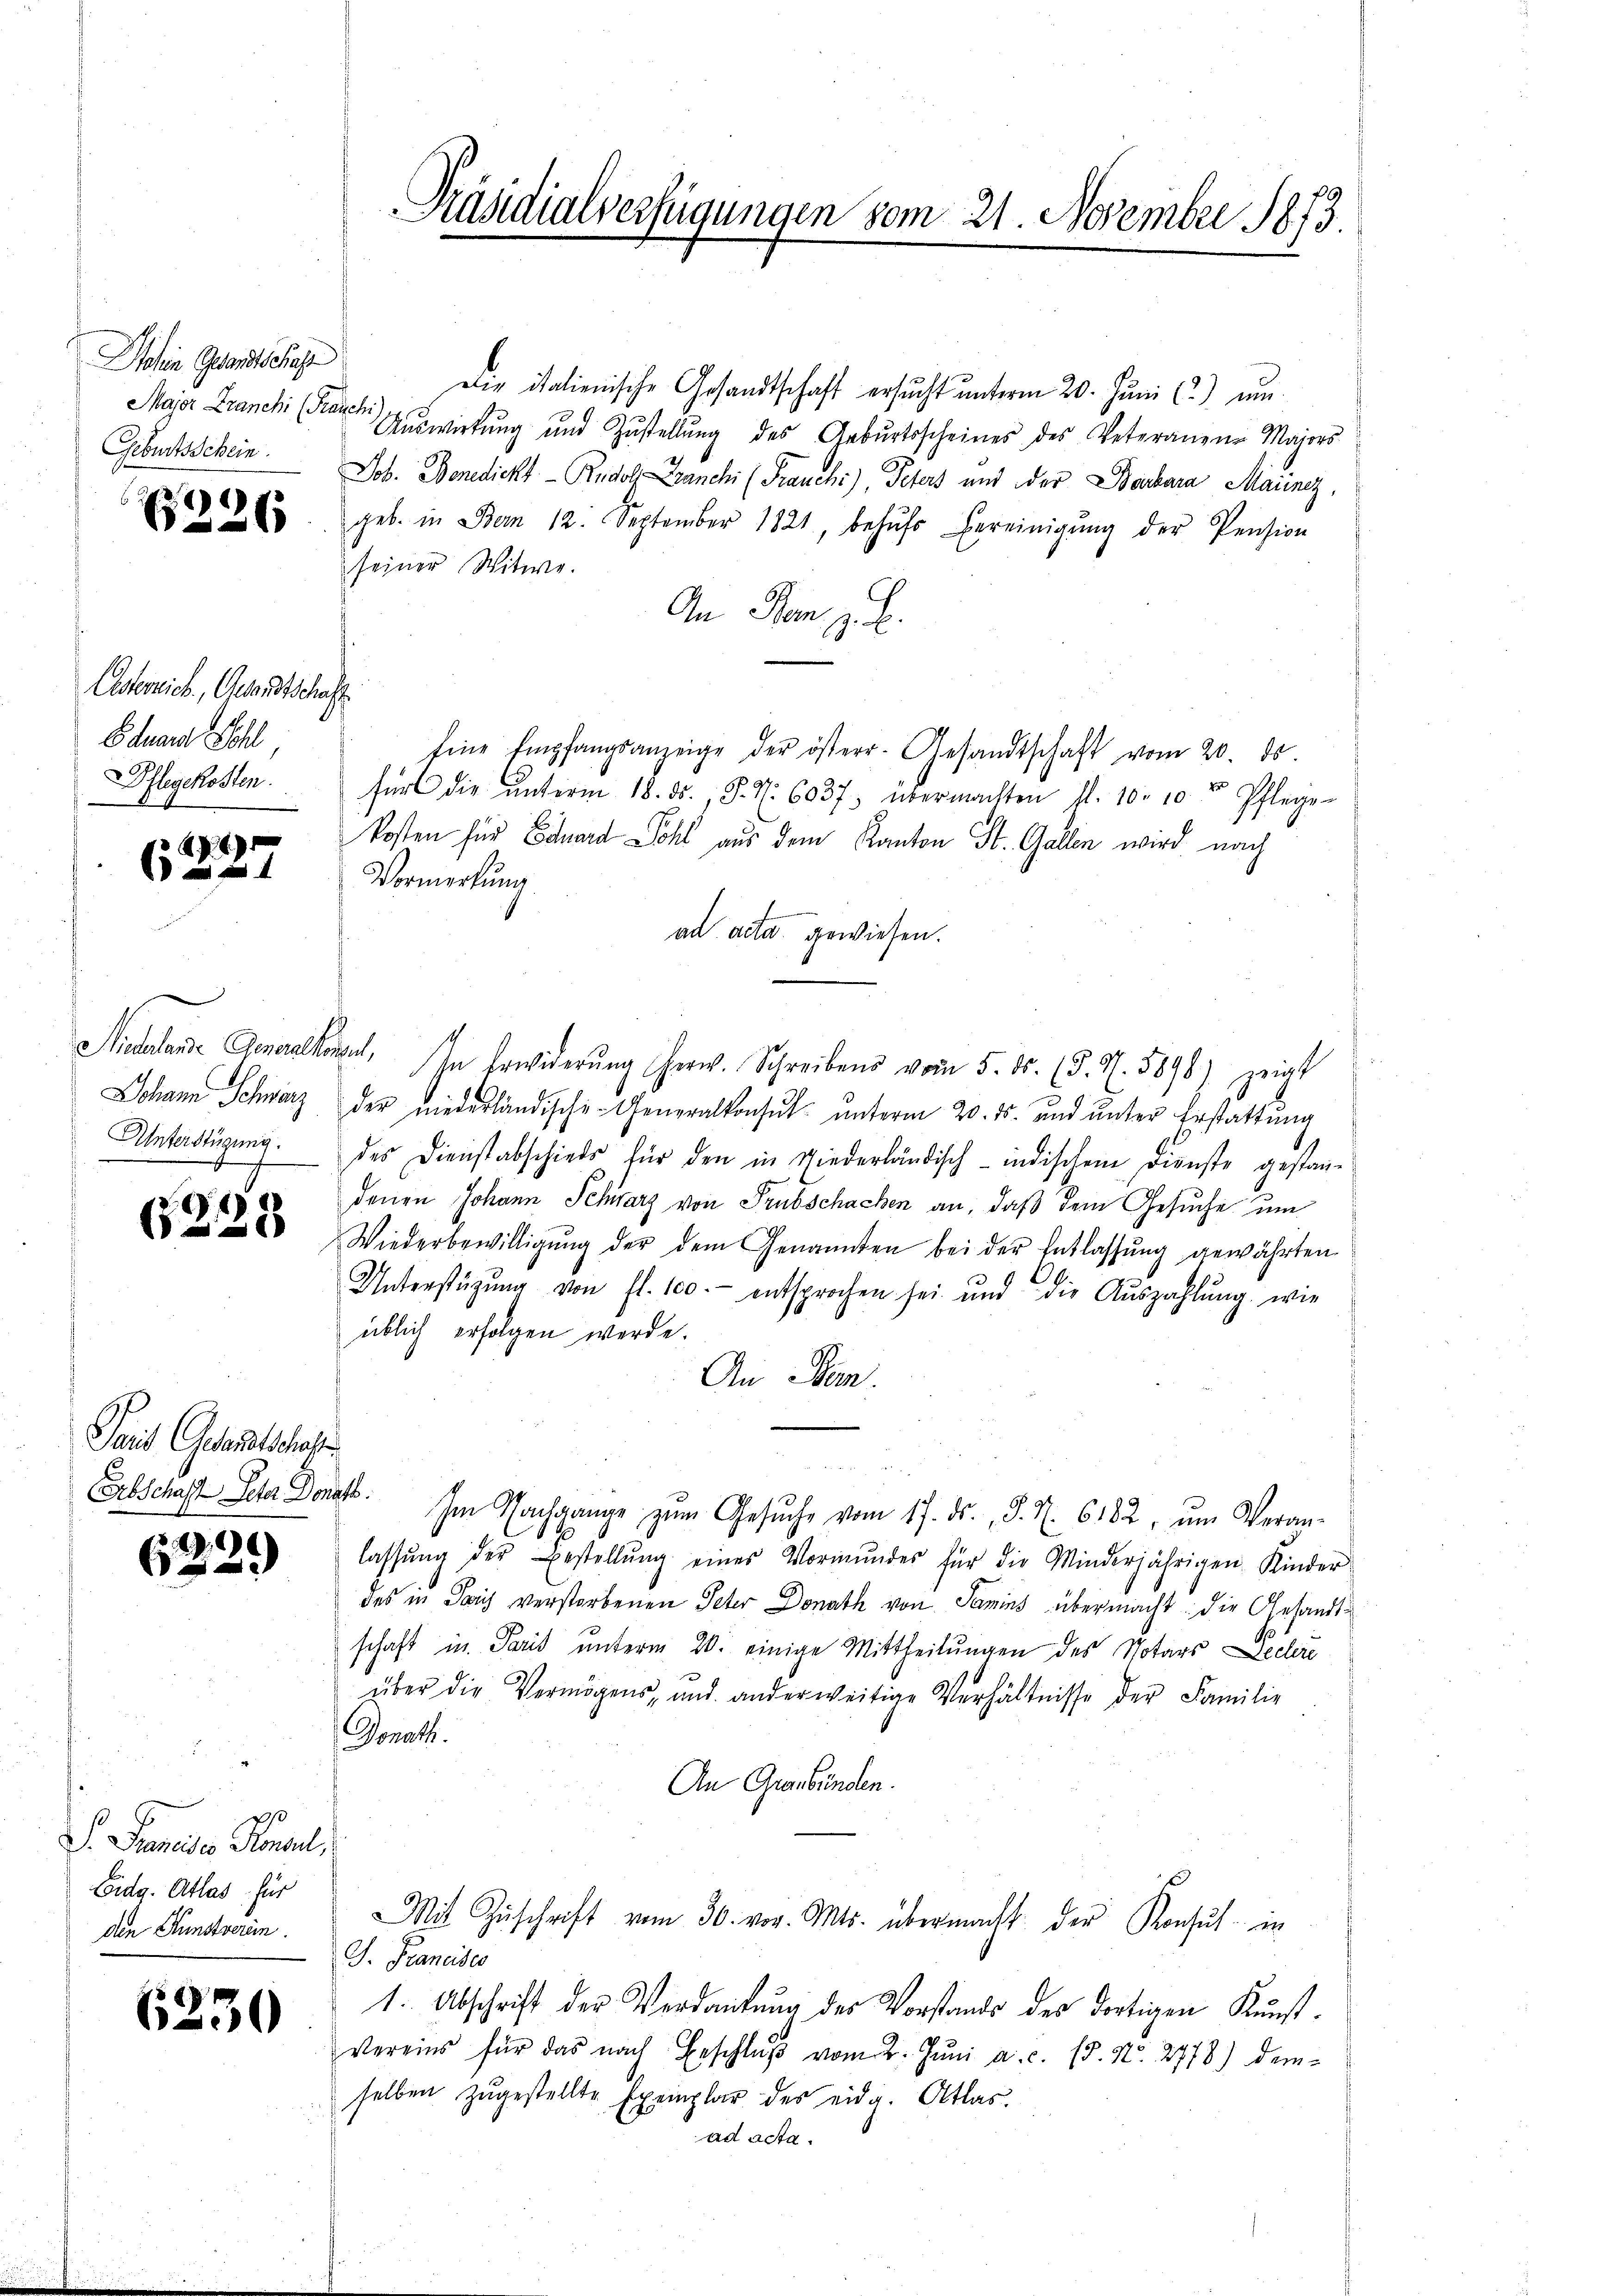
Mohin Gesandtschaft
Major Franchi (Fre
Geburtsschein

6226

Asterzeich, Gesandtschaf
Eduard Schl
Pflegekosten.

6227

Siedlende Genauen
Johann Schwarz
Unterstüzung.

)
)

Pait Gesandtschaft
Erbschaft Peter Dona

9
e

S. Preise Konsul
Eidg. Atlas für
den Kunstverein.

6230

Präsidialverfügungen vom 21. November 1873.

Die italienische Gesandtschaft ersucht unterm 20. Juni l) um
Siche
Auswirkung und Zŭstellŭng des Gebŭrtsscheines des Veteranene Maiors
Job. Benedickt Rudolf Zanchi (Prauchi), Peters und der Barbara Marinez,
geb. in Bern 12. September 1821, behŭfs bereinigŭng der Pension
seiner Witwe.
An Plan z. B.
f
Eine Empfangsanzeige der österr. Gesandtschaft vom 20. ds
für die ŭnterm 18. ds., S. Nr. 6037 übermachten fl. 10. 10. r Pflege
kosten für Eduard Sohl aus dem Kanton St. Gallen wird nach
Vormerkung
ad acta gewiesen.
in. In Erwiderŭng herw. Schreibens vom 5. ds. (§. N. 5896) zeigt
der niederländische Generalkonsul unterm 20. ds. und unter Erstattung
des Dienstabschieds für den in Niederländisch-indischen Dienste gestandenen Johann Schwarz von Trubschachen an, daß dem Gesuche um
Wiederbewilligŭng der dem Genannten bei der Entlassung gewährten
.
Unterstützung von fl. 100. entsprochen sei und die Auszahlŭng, wie
üblich erfolgen werde.
An Stan
 1
a. Im Nachgange zŭm Gesŭche vom 17. ds. J. N. 6182. ŭm Veran-
lassŭng der Bestellŭng eines Vormŭndes für die Minderjährigen Kinder
des in Paris verstorbenen Peter Donath von Samins übermacht: die Gesandtschaft in Paris unterm 20. einige Mittheilungen des Notars Pecleri
über die Vermögens, und anderweitige Verhältnisse der Familie
Donath.
An Graubünden.
Mit Zŭschrift vom 30. vor. Mts. übermacht der Konsul in
G. Franciser
1. Abschrift der Verdankung des Vorstands des dortigen Kunst¬
Vereins für das nach Beschlŭβ vom 2. Jŭni a. c. 15. No. 2778) dem-
selben zŭgestellte Exemplar des eidg. Atlas.
ad acta.